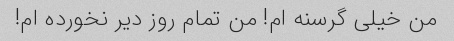
من خیلی گرسنه ام! من تمام روز دیر نخورده ام!